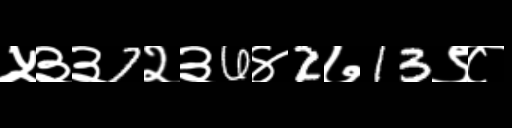
Text: ५३३7२३6४2७13९८